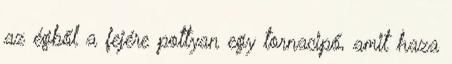
az égből a fejére pottyan egy tornacipő, amit haza